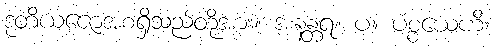
ဒုတိယဇောအစရှိသည်တို့အား။ အနန္တရ။ ပ။ ပစ္စယေဟိ၊